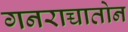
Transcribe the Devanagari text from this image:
गनराच्चातोन